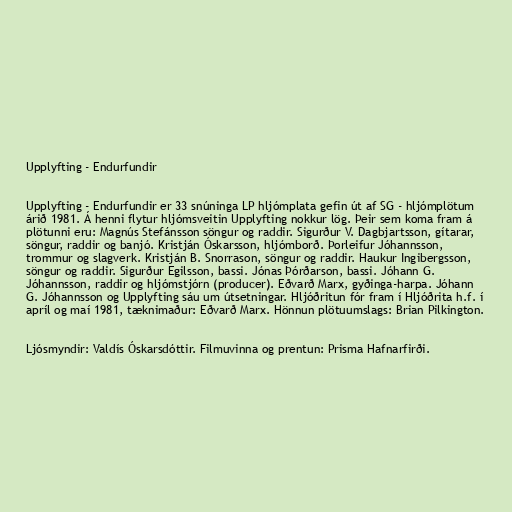
Upplyfting - Endurfundir

Upplyfting - Endurfundir er 33 snúninga LP hljómplata gefin út af SG - hljómplötum
árið 1981. Á henni flytur hljómsveitin Upplyfting nokkur lög. Þeir sem koma fram á
plötunni eru: Magnús Stefánsson söngur og raddir. Sigurður V. Dagbjartsson, gítarar,
söngur, raddir og banjó. Kristján Óskarsson, hljómborð. Þorleifur Jóhannsson,
trommur og slagverk. Kristján B. Snorrason, söngur og raddir. Haukur Ingibergsson,
söngur og raddir. Sigurður Egilsson, bassi. Jónas Þórðarson, bassi. Jóhann G.
Jóhannsson, raddir og hljómstjórn (producer). Eðvarð Marx, gyðinga-harpa. Jóhann
G. Jóhannsson og Upplyfting sáu um útsetningar. Hljóðritun fór fram í Hljóðrita h.f. í
apríl og maí 1981, tæknimaður: Eðvarð Marx. Hönnun plötuumslags: Brian Pilkington.

Ljósmyndir: Valdís Óskarsdóttir. Filmuvinna og prentun: Prisma Hafnarfirði.